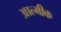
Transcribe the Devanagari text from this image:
आत्मीक